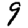
Digit: 9